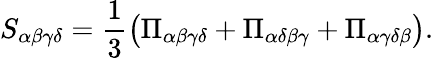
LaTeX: S_{\alpha\beta\gamma\delta}=\frac{1}{3}\left(\Pi_{\alpha\beta\gamma\delta}+\Pi_{\alpha\delta\beta\gamma}+\Pi_{\alpha\gamma\delta\beta}\right).